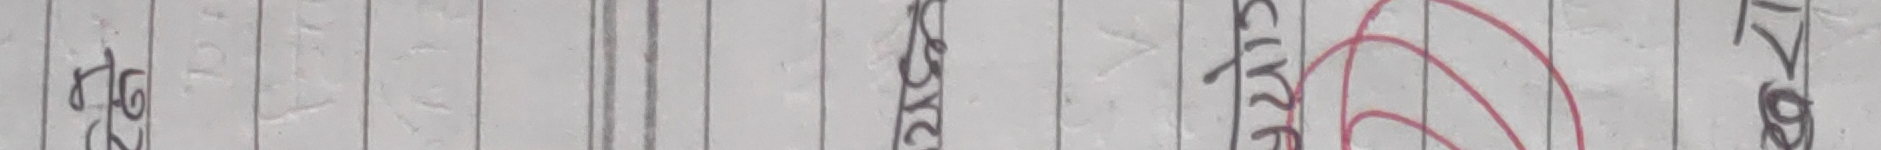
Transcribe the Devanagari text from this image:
१७ सूर्य CIRCLE १७.०७